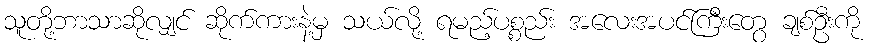
သူတို့ဘာသာဆိုလျှင် ဆိုက်ကားနဲ့မှ သယ်လို့ ရမည့်ပစ္စည်း အလေးအပင်ကြီးတွေ ချစ်ဦးကို